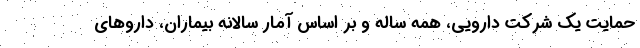
حمایت یک شرکت دارویی، همه ساله و بر اساس آمار سالانه بیماران، داروهای